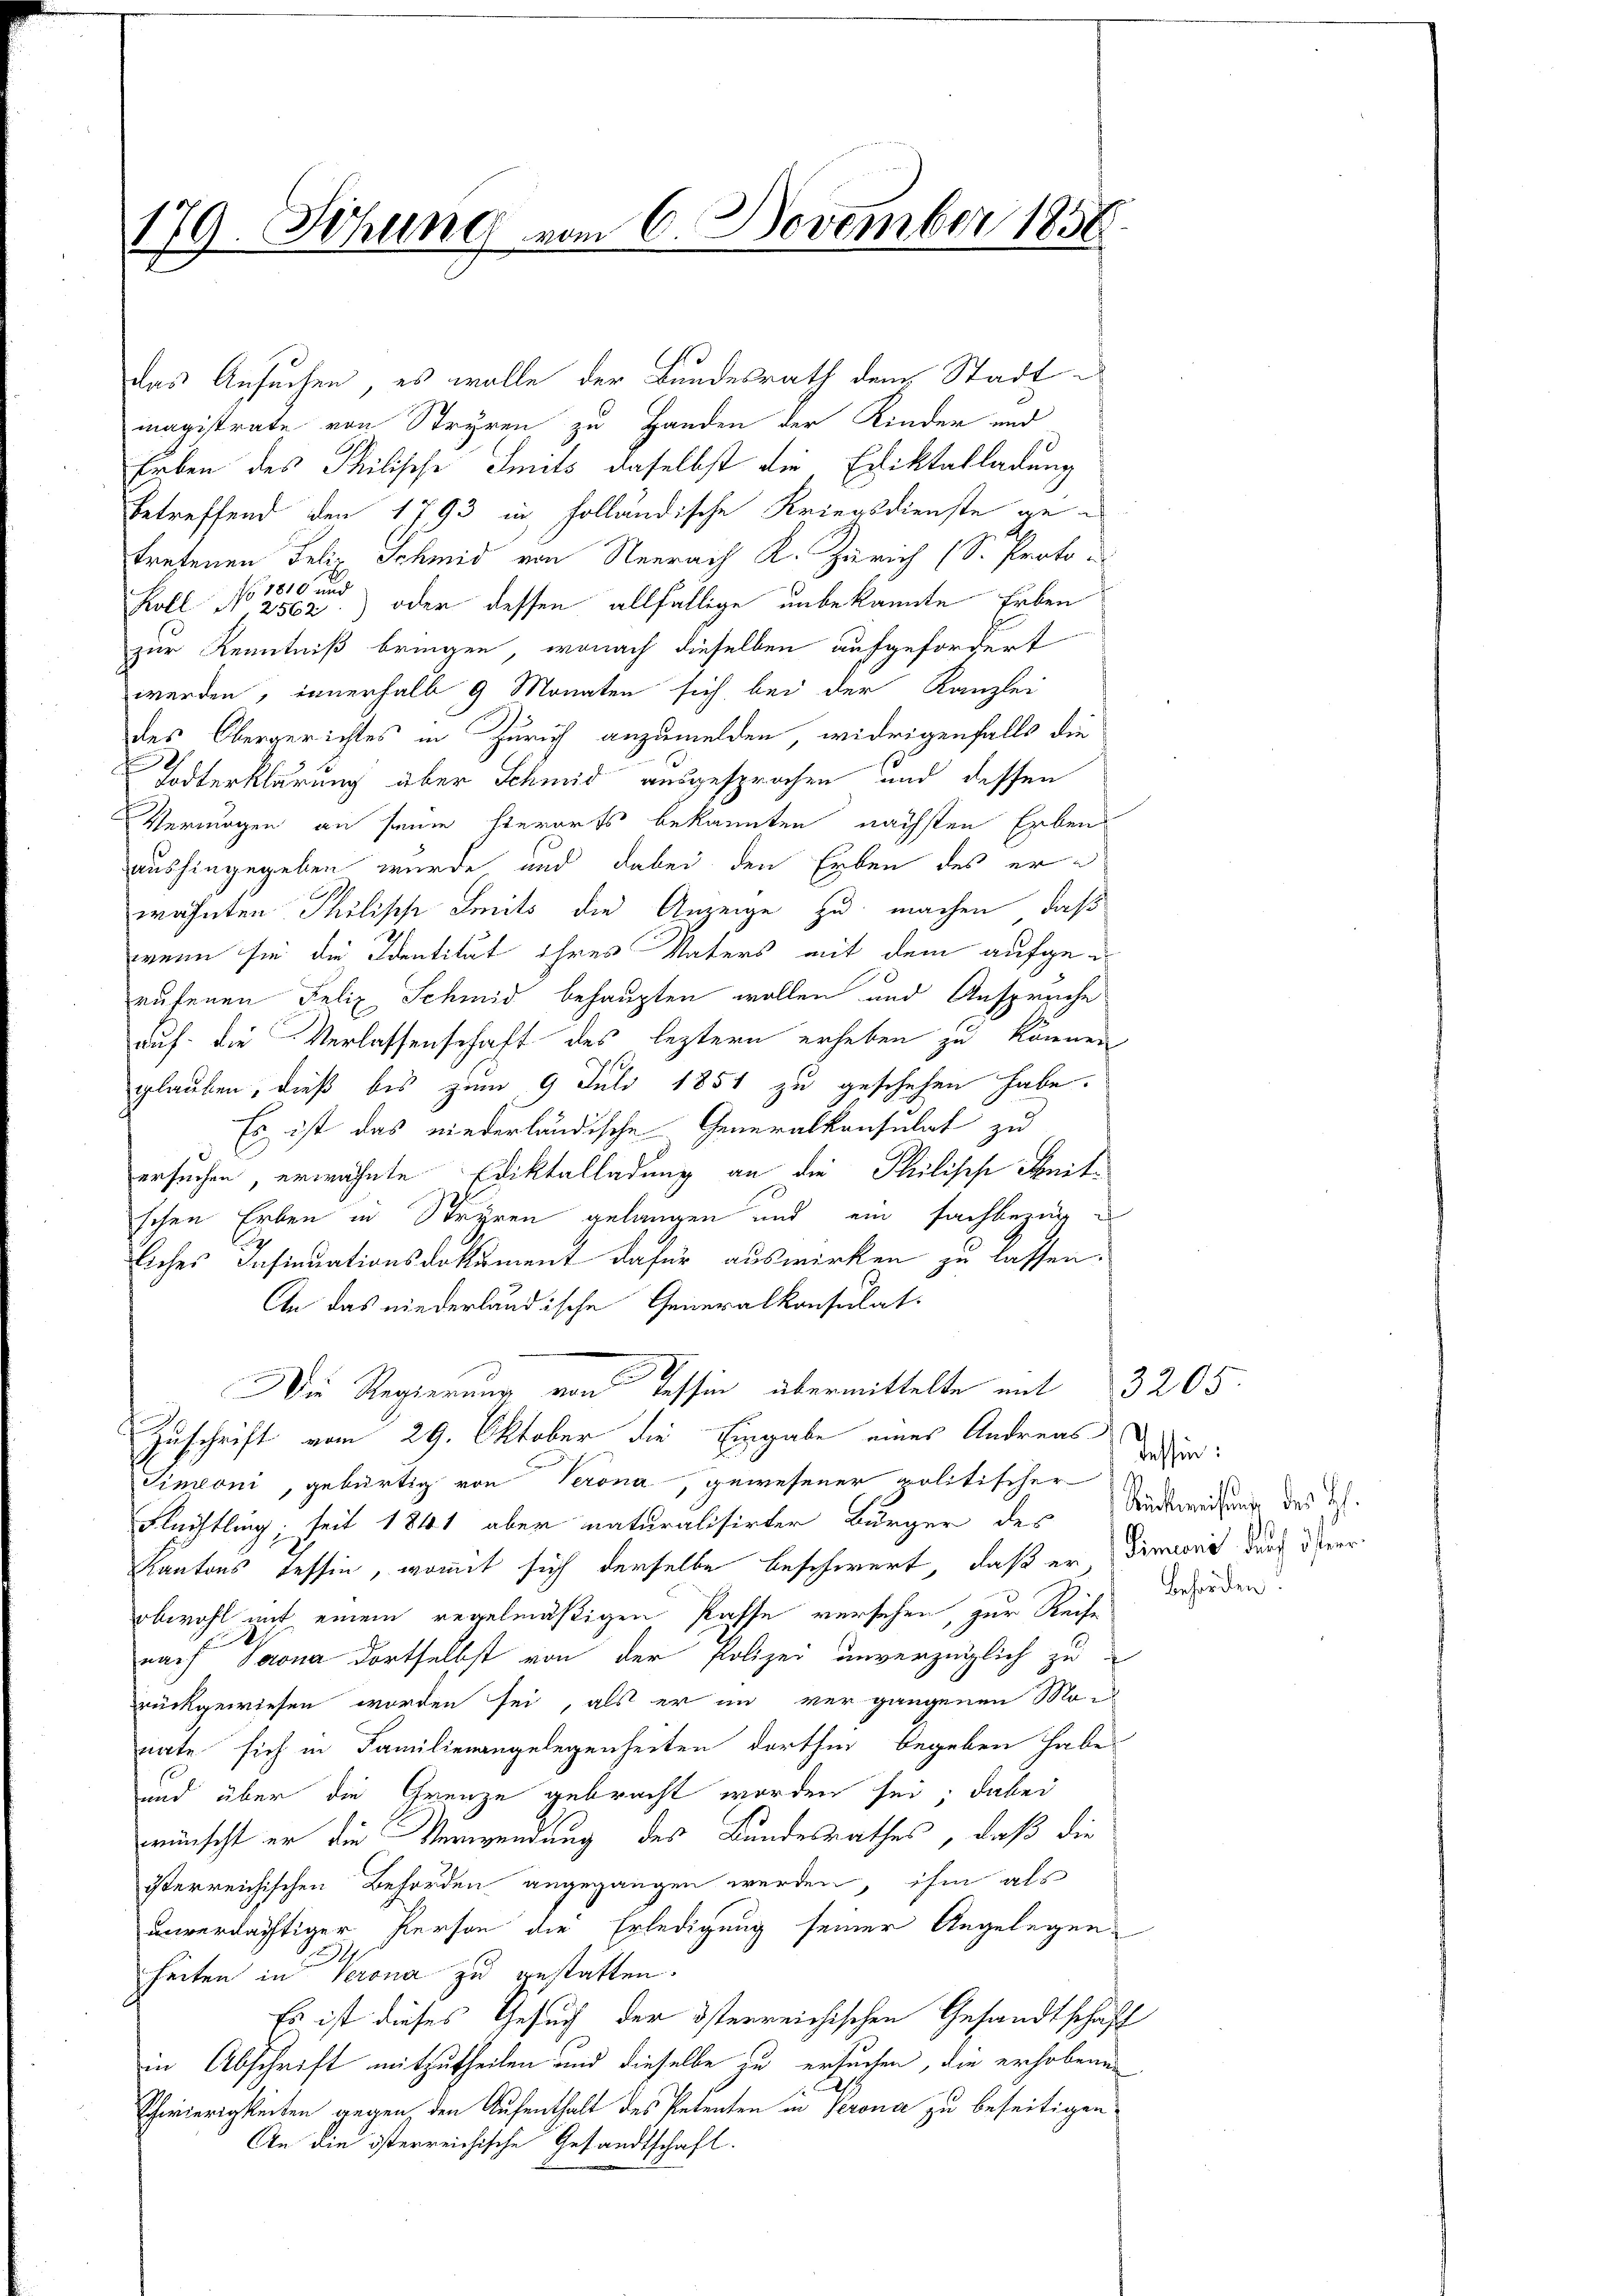
179. Sitzung vom 6. November 1858.

das Ansuchen, es wolle der Bundesrath dem Stadt
magistrate von Stryren zu Handen der Kinder und
Erben des Philische Smits daselbst die Ediktalladung
betreffend den 1793 in holländische Kriegsdienste getretenen Felix Schmid von Neerach K. Zürich (S. Proto-
No 1810 und
Koll No 2562) oder dessen allfällige unbekannte Erben
zur Kenntniß bringen, wonach dieselben aufgefordert
werden, innerhalb 9 Monaten sich bei der Kanzlei
des Obergerichtes in Zürich anzumelden, widrigenfalls die
Todterklärung aber Schmid ausgesprochen und dessen
Vermögen an seine hierorts bekannten nächsten Erben
aushingegeben wurde und dabei den Erben des erwähnten Philische Smits die Anzeige zu machen, daß
wenn sie die Identität ihres Vaters mit dem aufgerufenen Felix Schmid behaupten wollen und Anspruche
auf die Verlassenschaft des leztern erheben zu können
glauben, dieß bis zum 9 Juli 1851 zu geschehen habe.
Es ist das niederländische Generalkonsulat zu
ersuchen, erwähnte Ediktalladung an die Philisch Meitschen Erben in Stryren gelangen und ein Fachbezug
liches Insinuationsdokument dafür auswirken zu lassen:
An das niederländische Generalkonsulat.
39
ie Regierung von Tessin übermittelte mit 3205.
Zuschrift vom 29. Oktober die Eingabe eines Andreas
Cinconi, gebürtig von Verona, gewesener politischer
Flechtling, seit 1841 aber naturalisirter Bürger des
Kantons Tessin, womit sich derselbe beschwert, daß er dienort durch derer
obwohl mit einem regelmäßigen Pässe versehen, zur Reise
nach Soona dortselbst von der Polizei unverzüglich zu
rückgewiesen worden sei, als er im vergangenen Mo-
nate sich in Familienangelegenheiten dorthin begeben habe.
e
und über die Grenze gebracht worden sei; dabei
wünscht er die Verwendung des Bundesrathes, daß die
isterreichischen Behörden angegangen werden, ihm als
unverdächtiger Person die Erledigung seiner Angelegen
heiten in Verona zu gestatten.
Es ist dieses Gesuch der österreichischen Gesandtschaft
in Abschrift mitzutheilen und dieselbe zu ersuchen, die erhobenen
A
Schwierigkeiten gegen den Aufenthalt des Petenten in Perona zu beseitigen
An die österreichische Gesandtschaft.

Tessin:
Rückweisung des Hs.
Behörden.